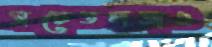
সচেতনতাও